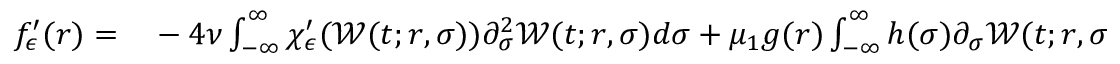
\begin{array} { r l } { f _ { \epsilon } ^ { \prime } ( r ) = } & { { } - 4 \nu \int _ { - \infty } ^ { \infty } \chi _ { \epsilon } ^ { \prime } ( \mathcal { W } ( t ; r , \sigma ) ) \partial _ { \sigma } ^ { 2 } \mathcal { W } ( t ; r , \sigma ) d \sigma + \mu _ { 1 } g ( r ) \int _ { - \infty } ^ { \infty } h ( \sigma ) \partial _ { \sigma } \mathcal { W } ( t ; r , \sigma ) \chi _ { \epsilon } ^ { \prime } ( \mathcal { W } ( t ; r , \sigma ) ) d \sigma } \end{array}